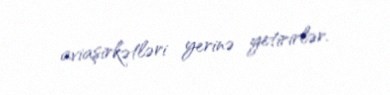
aviaşirkətləri yerinə yetirirlər.